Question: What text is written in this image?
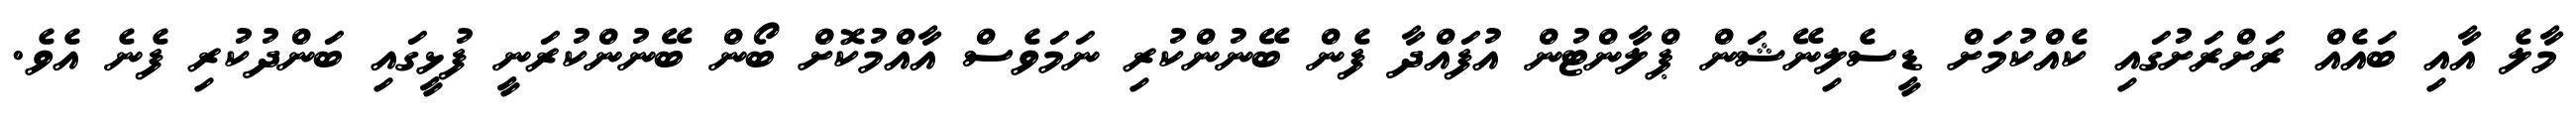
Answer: މާލެ އާއި ބައެއް ރަށްރަށުގައި ކެއްކުމަށް ޑީސެލިނޭޝަން ޕްލާންޓުން އުފައްދާ ފެން ބޭނުންކުރި ނަމަވެސް އާއްމުކޮށް ބޯން ބޭނުންކުރަނީ ފުޅީގައި ބަންދުކުރި ފެނެ އެވެ.